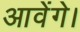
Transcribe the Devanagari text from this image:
आवेंगे।